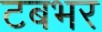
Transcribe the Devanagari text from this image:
टबभर